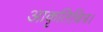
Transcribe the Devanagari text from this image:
आकृतिचित्र।